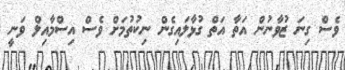
ވެސް ގިނަ ޒުވާނުން އަތާ އަތް ގުޅާލައިގެން ނިކުތުމަށް ވެސް އިސްމާއިލް ވަނީ